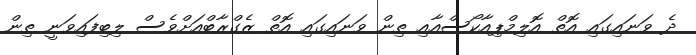
ދެ ވަނައިގައި އޮތް އޮލިމްޕިއާކޯސްއާއި ތިން ވަނައިގައި އޮތް ޒެގްރާބްއަށްވެސް ލިބިފައިވަނީ ތިން